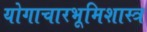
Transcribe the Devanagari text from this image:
योगाचारभूमिशास्त्र